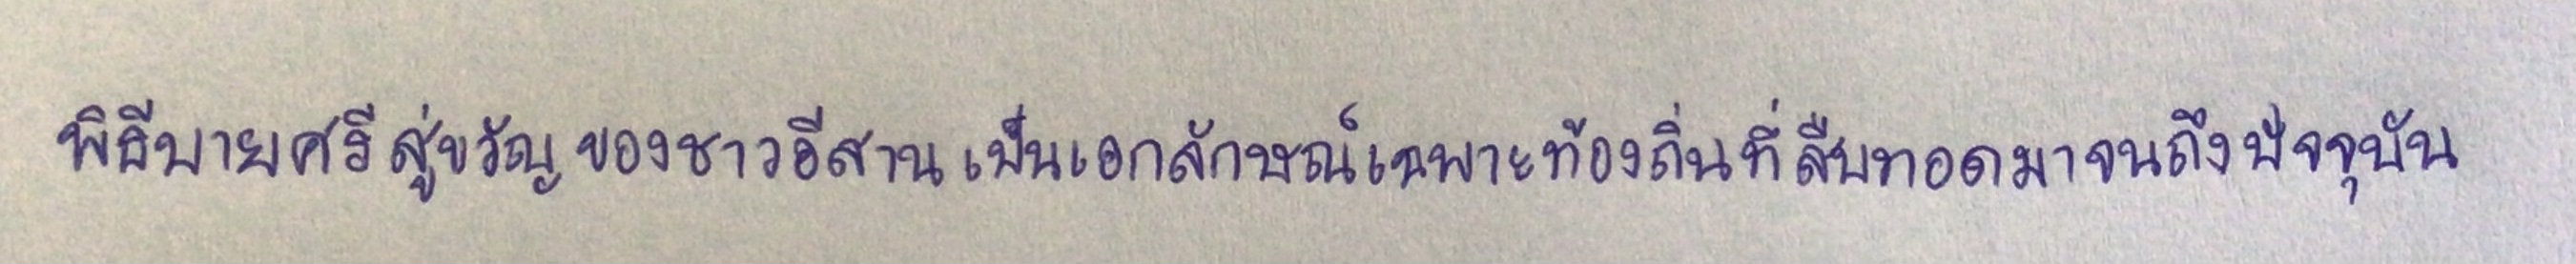
พิธีบายศรีสู่ขวัญของชาวอีสานเป็นเอกลักษณ์เฉพาะท้องถิ่นที่สืบทอดมาจนถึงปัจจุบัน